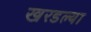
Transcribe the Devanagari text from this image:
खरडल्या